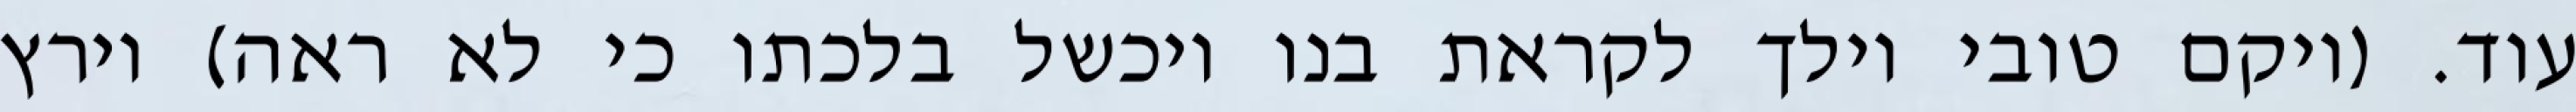
עוד. (ויקם טובי וילך לקראת בנו ויכשל בלכתו כי לא ראה) וירץ